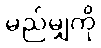
မည်မျှကို